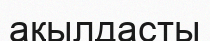
ақылдасты